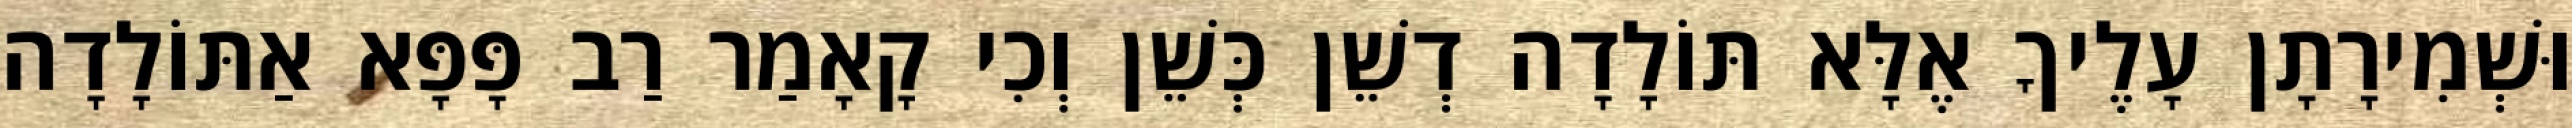
וּשְׁמִירָתָן עָלֶיךָ אֶלָּא תּוֹלָדָה דְשֵׁן כְּשֵׁן וְכִי קָאָמַר רַב פָּפָּא אַתּוֹלָדָה